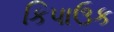
કિપાઉક